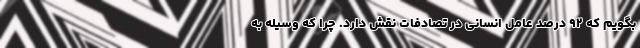
بگویم که ۹۲ درصد عامل انسانی در تصادفات نقش دارد. چرا که وسیله به